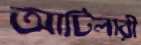
আটিলারী